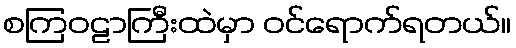
စကြဝဠာကြီးထဲမှာ ဝင်ရောက်ရတယ်။